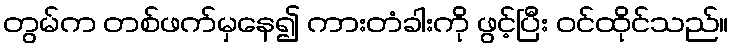
တွမ်က တစ်ဖက်မှနေ၍ ကားတံခါးကို ဖွင့်ပြီး ဝင်ထိုင်သည်။